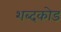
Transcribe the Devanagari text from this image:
शब्दकोड